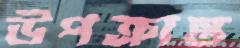
উপক্রান্ত